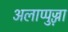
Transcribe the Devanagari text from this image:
अलाप्पुज्ज़ा